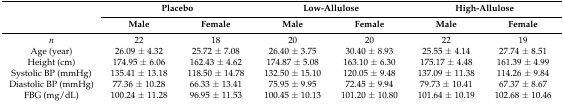
| <ROWSPAN=2>  | <COLSPAN=2> Placebo | <COLSPAN=2> Low-Allulose | <COLSPAN=2> High-Allulose |
 | Male | Female | Male | Female | Male | Female |
 | --- | --- | --- | --- | --- | --- | --- |
 | n | 22 | 18 | 20 | 20 | 22 | 19 |
 | Age (year) | 26.09 ± 4.32 | 25.72 ± 7.08 | 26.40 ± 3.75 | 30.40 ± 8.93 | 25.55 ± 4.14 | 27.74 ± 8.51 |
 | Height (cm) | 174.95 ± 6.06 | 162.43 ± 4.62 | 174.87 ± 5.08 | 163.10 ± 6.30 | 175.17 ± 4.48 | 161.39 ± 4.99 |
 | Systolic BP (mmHg) | 135.41 ± 13.18 | 118.50 ± 14.78 | 132.50 ± 15.10 | 120.05 ± 9.48 | 137.09 ± 11.38 | 114.26 ± 9.84 |
 | Diastolic BP (mmHg) | 77.36 ± 10.28 | 66.33 ± 13.41 | 75.95 ± 9.95 | 72.45 ± 9.94 | 79.73 ± 10.41 | 67.37 ± 8.67 |
 | FBG (mg/dL) | 100.24 ± 11.28 | 96.95 ± 11.53 | 100.45 ± 10.13 | 101.20 ± 10.80 | 101.64 ± 10.19 | 102.68 ± 10.46 |